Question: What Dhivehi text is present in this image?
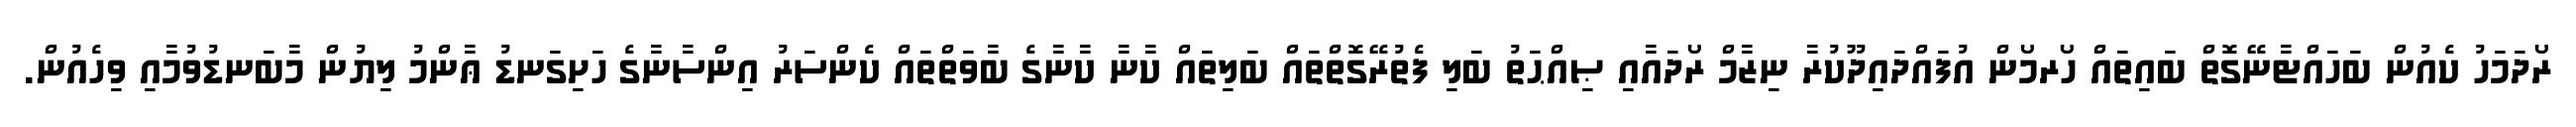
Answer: ރޯދަމަހު ކެއުން ބަހައްޓާނޭގޮތް ބައިތައް ހޯރމޯން އުފައްދައިދޫކުރާ ނިޒާމް ރޯދައާއި ޞިއްޙަތު ބަލި ފެތުރޭގޮތްތައް ބަލިތައް ކާނާ ކާނާގެ ބާވަތްތައް ކެންސަރު އިންސާނާގެ ހަށިގަނޑު ޢާންމު ލިޔުން މާބަނޑުވުމާއި ވިހެއުން.